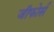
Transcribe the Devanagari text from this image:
जीफोर्स